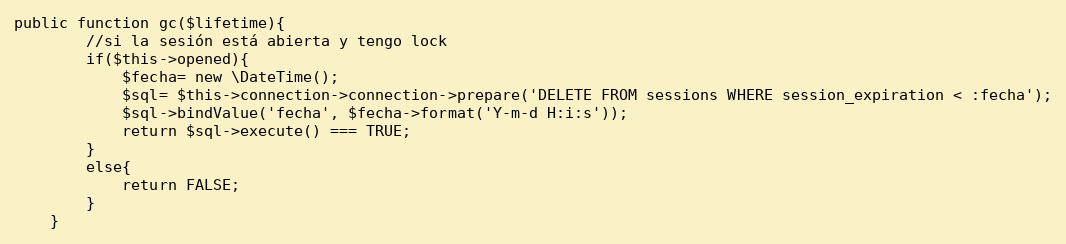
Language: PHP
public function gc($lifetime){
        //si la sesión está abierta y tengo lock
        if($this->opened){
            $fecha= new \DateTime();
            $sql= $this->connection->connection->prepare('DELETE FROM sessions WHERE session_expiration < :fecha');
            $sql->bindValue('fecha', $fecha->format('Y-m-d H:i:s'));
            return $sql->execute() === TRUE;
        }
        else{
            return FALSE;
        }
    }